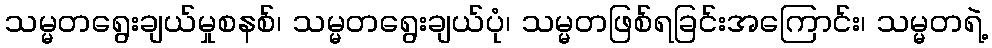
သမ္မတရွေးချယ်မှုစနစ်၊ သမ္မတရွေးချယ်ပုံ၊ သမ္မတဖြစ်ရခြင်းအကြောင်း၊ သမ္မတရဲ့